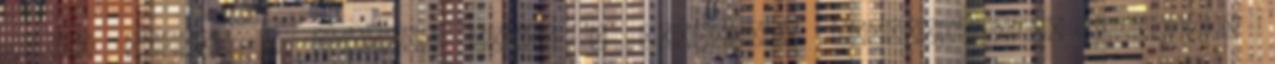
nyári szünet , igazolt lenne a hiányzás, természetesen fizetnék